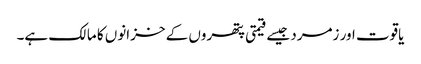
یاقوت اور زمرد جیسے قیمتی پتھروں کے خزانوں کا مالک ہے۔